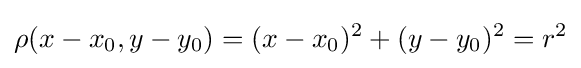
\rho (x-x_{0},y-y_{0})=(x-x_{0})^{2}+(y-y_{0})^{2}=r^{2}